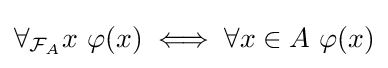
\forall _{{\mathcal {F}}_{A}}x\ \varphi (x)\iff \forall x\in A\ \varphi (x)